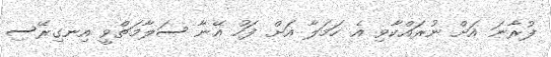
ފުރާނަ އަށް ނުރައްކާވި އެ ހަމަލާ އަށް ފަހު އޭނާ ސަލާމަތްވީ އިނގިރޭސި